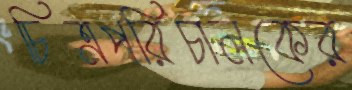
চিত্রপরিচালকের